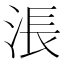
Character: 涱